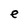
Character: e